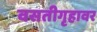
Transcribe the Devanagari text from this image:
वसतीगृहावर